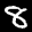
Label: 8